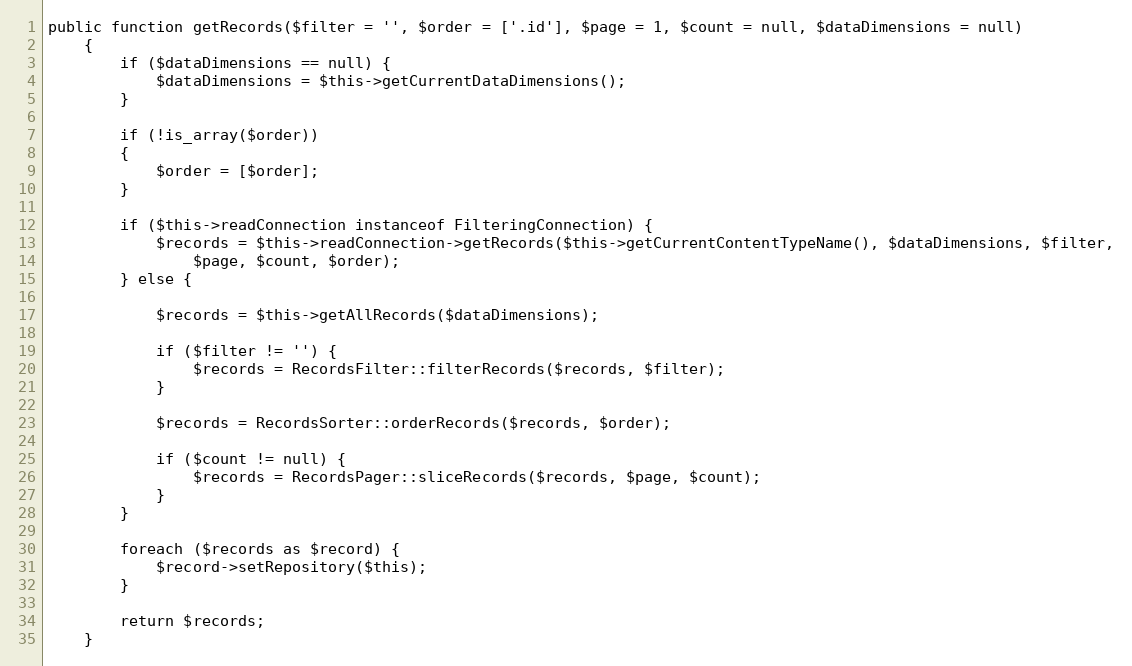
Language: PHP
public function getRecords($filter = '', $order = ['.id'], $page = 1, $count = null, $dataDimensions = null)
    {
        if ($dataDimensions == null) {
            $dataDimensions = $this->getCurrentDataDimensions();
        }

        if (!is_array($order))
        {
            $order = [$order];
        }

        if ($this->readConnection instanceof FilteringConnection) {
            $records = $this->readConnection->getRecords($this->getCurrentContentTypeName(), $dataDimensions, $filter,
                $page, $count, $order);
        } else {

            $records = $this->getAllRecords($dataDimensions);

            if ($filter != '') {
                $records = RecordsFilter::filterRecords($records, $filter);
            }

            $records = RecordsSorter::orderRecords($records, $order);

            if ($count != null) {
                $records = RecordsPager::sliceRecords($records, $page, $count);
            }
        }

        foreach ($records as $record) {
            $record->setRepository($this);
        }

        return $records;
    }